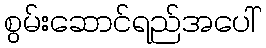
စွမ်းဆောင်ရည်အပေါ်